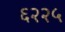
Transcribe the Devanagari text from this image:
६२२५